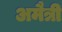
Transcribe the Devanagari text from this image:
अमैत्री